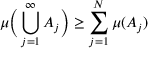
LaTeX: \mu { \Big ( } \bigcup _ { j = 1 } ^ { \infty } A _ { j } { \Big ) } \geq \sum _ { j = 1 } ^ { N } \mu ( A _ { j } )